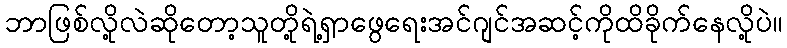
ဘာဖြစ်လို့လဲဆိုတော့သူတို့ရဲ့ရှာဖွေရေးအင်ဂျင်အဆင့်ကိုထိခိုက်နေလို့ပဲ။